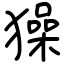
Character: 𤢖